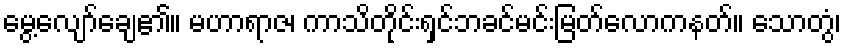
မွေ့လျော်ချေ၏။ မဟာရာဇ၊ ကာသိတိုင်းရှင်ဘခင်မင်းမြတ်လောကနတ်။ သောတွံ၊